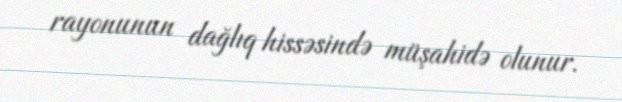
rayonunun dağlıq hissəsində müşahidə olunur.